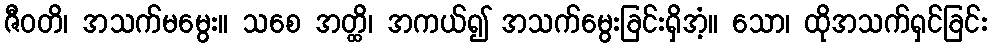
ဇီဝတိ၊ အသက်မမွေး။ သစေ အတ္ထိ၊ အကယ်၍ အသက်မွေးခြင်းရှိအံ့။ သော၊ ထိုအသက်ရှင်ခြင်း